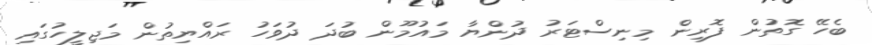
ބެހޭ ގޮތުން ފޮރިން މިނިސްޓަރު ދުންޔާ މައުމޫން ބުދަ ދުވަހު ރައްޔިތުން މަޖިލީހުގައި